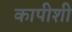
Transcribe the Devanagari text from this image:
कापीशी